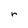
Character: r